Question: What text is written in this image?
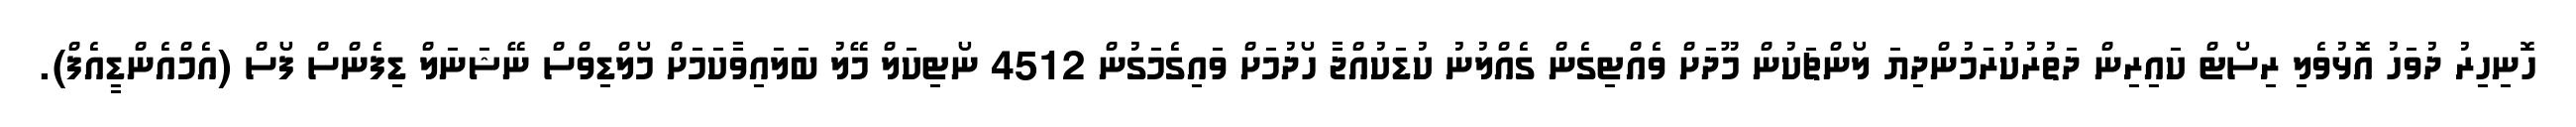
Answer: ހޮނިހިރު ދުވަހު އޮޅުވެލި ރިސޯޓް ކައިރިން ދަތުރުކުރަމުންދިޔަ ލޯންޗަކުން މޫދަށް ވެއްޓިގެން ގެއްލުނު ކުޑަކުއްޖާ ހޯދުމަށް ވައިގެމަގުން 4512 ނޯޓިކަލް މޭލު ބަލައިވާކަމަށް މޯލްޑިވްސް ނޭޝަނަލް ޑިފެންސް ފޯސް (އެމްއެންޑީއެފް).